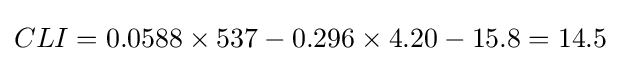
CLI=0.0588\times 537-0.296\times 4.20-15.8=14.5\,\!